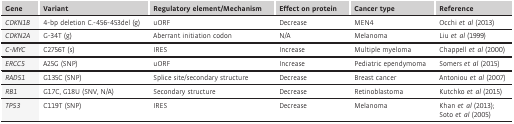
| Gene | Variant | Regulatory element/Mechanism | Effect on protein | Cancer type | Reference |
 | --- | --- | --- | --- | --- | --- |
 | CDKN1B | 4‐bp deletion C.‐456‐453del (g) | uORF | Decrease | MEN4 | Occhi et al (2013) |
 | CDKN2A | G‐34T (g) | Aberrant initiation codon | N/A | Melanoma | Liu et al (1999) |
 | C‐MYC | C2756T (s) | IRES | Increase | Multiple myeloma | Chappell et al (2000) |
 | ERCC5 | A25G (SNP) | uORF | Increase | Pediatric ependymoma | Somers et al (2015) |
 | RAD51 | G135C (SNP) | Splice site/secondary structure | Decrease | Breast cancer | Antoniou et al (2007) |
 | RB1 | G17C, G18U (SNV, N/A) | Secondary structure | Decrease | Retinoblastoma | Kutchko et al (2015) |
 | TP53 | C119T (SNP) | IRES | Decrease | Melanoma | Khan et al (2013); Soto et al (2005) |